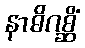
နာဓိဂစ္ဆိံ